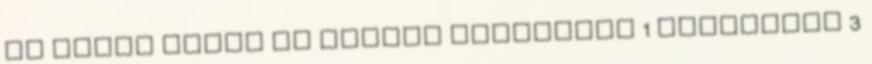
és egyéb állat ka fajták Ablakdísz 1 Állatkert 3